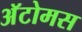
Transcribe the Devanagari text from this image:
अॅटोमस